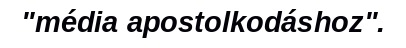
"média apostolkodáshoz".